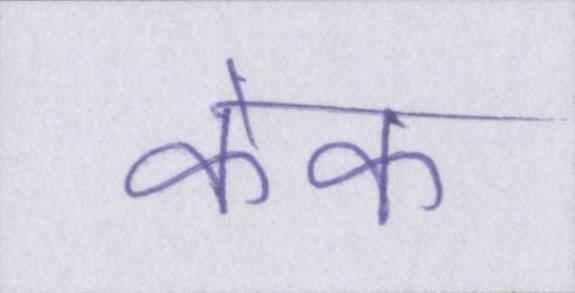
केक